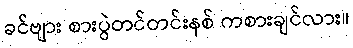
ခင်ဗျား စားပွဲတင်တင်းနစ် ကစားချင်လား။